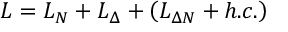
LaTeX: { \cal L } = { \cal L } _ { N } + { \cal L } _ { \Delta } + \left( { \cal L } _ { \Delta N } + h . c . \right)